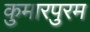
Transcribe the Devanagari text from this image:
कुमारपुरम